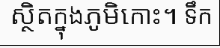
ស្ថិតក្នុងភូមិកោះ។ ទឹក